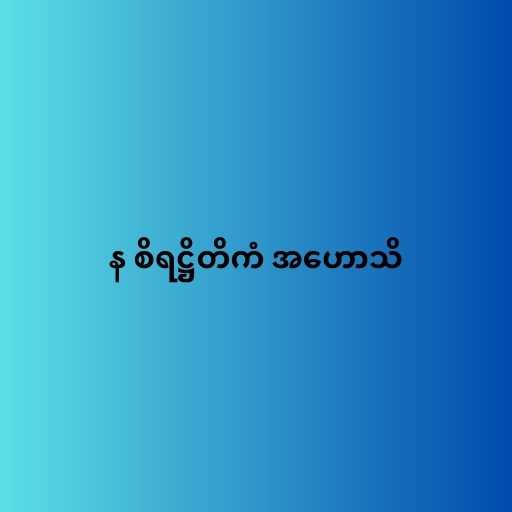
န စိရဋ္ဌိတိကံ အဟောသိ